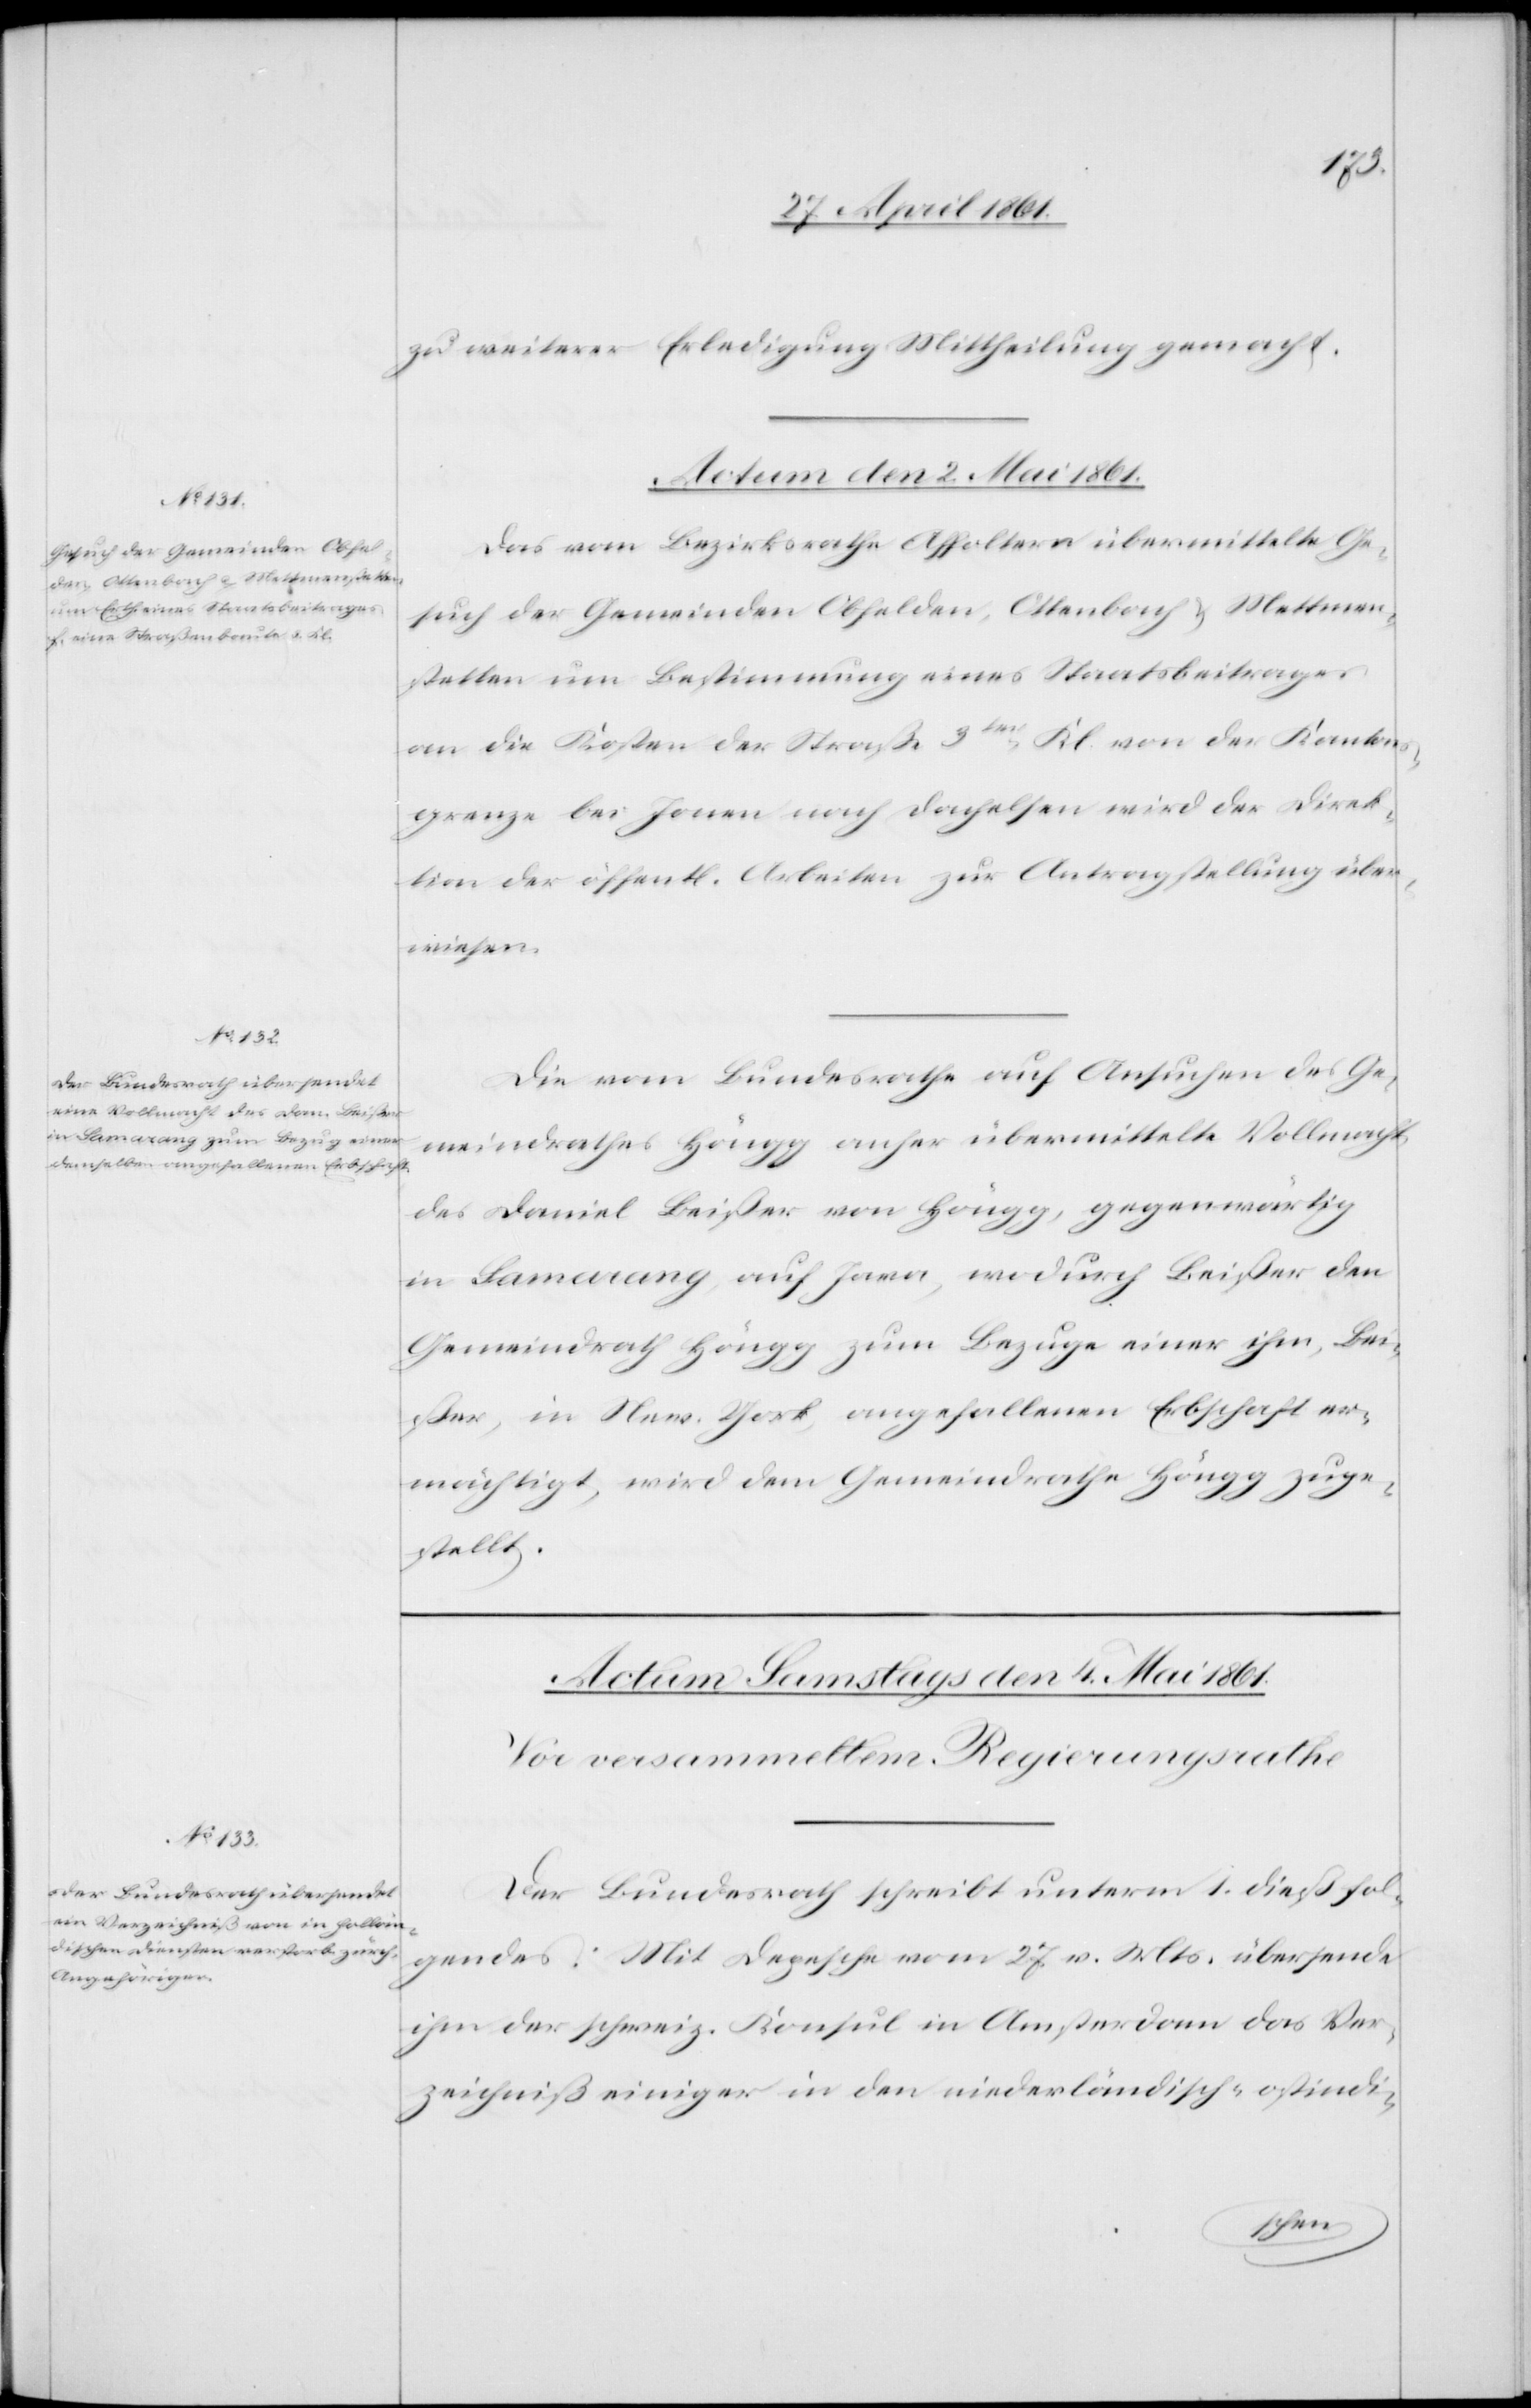
zu weiterer Erledigung Mittheilung gemacht.
Actum den 2. Mai 1861.]
Das vom Bezirksrathe Affoltern übermittelte Ge¬
such der Gemeinden Obfelden, Ottenbach u. Mettmen¬
stetten um Bestimmung eines Staatsbeitrages
an die Kosten der Straße 3ter Kl. von der Kantons¬
grenze bei Jonen nach Dachelsen wird der Direk¬
tion der öffentl. Arbeiten zur Antragstellung über¬
wiesen.
Die vom Bundesrathe auf Ansuchen des Ge¬
meindrathes Höngg anher übermittelte Vollmacht
des Daniel Beißer von Höngg, gegenwärtig
in Samarang auf Jawa, wodurch Beißer den
Gemeindrath Höngg zum Bezuge einer ihm, Bei¬
ßer, in New-York angefallenen Erbschaft er¬
mächtigt, wird dem Gemeindrathe Höngg zuge¬
stellt.
Der Bundesrath schreibt unterm 1. dieß fol¬
gendes: Mit Depesche vom 27. v. Mts. übersendet
ihm der schweiz. Konsul in Amsterdam das Ver¬
zeichniß einiger in den niederländisch-ostindi-